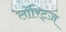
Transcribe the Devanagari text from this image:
लॉरिट्ज़